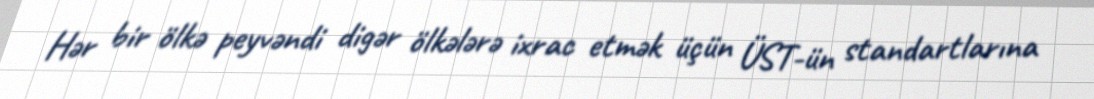
Hər bir ölkə peyvəndi digər ölkələrə ixrac etmək üçün ÜST-ün standartlarına